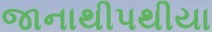
જાનાથીપથીયા